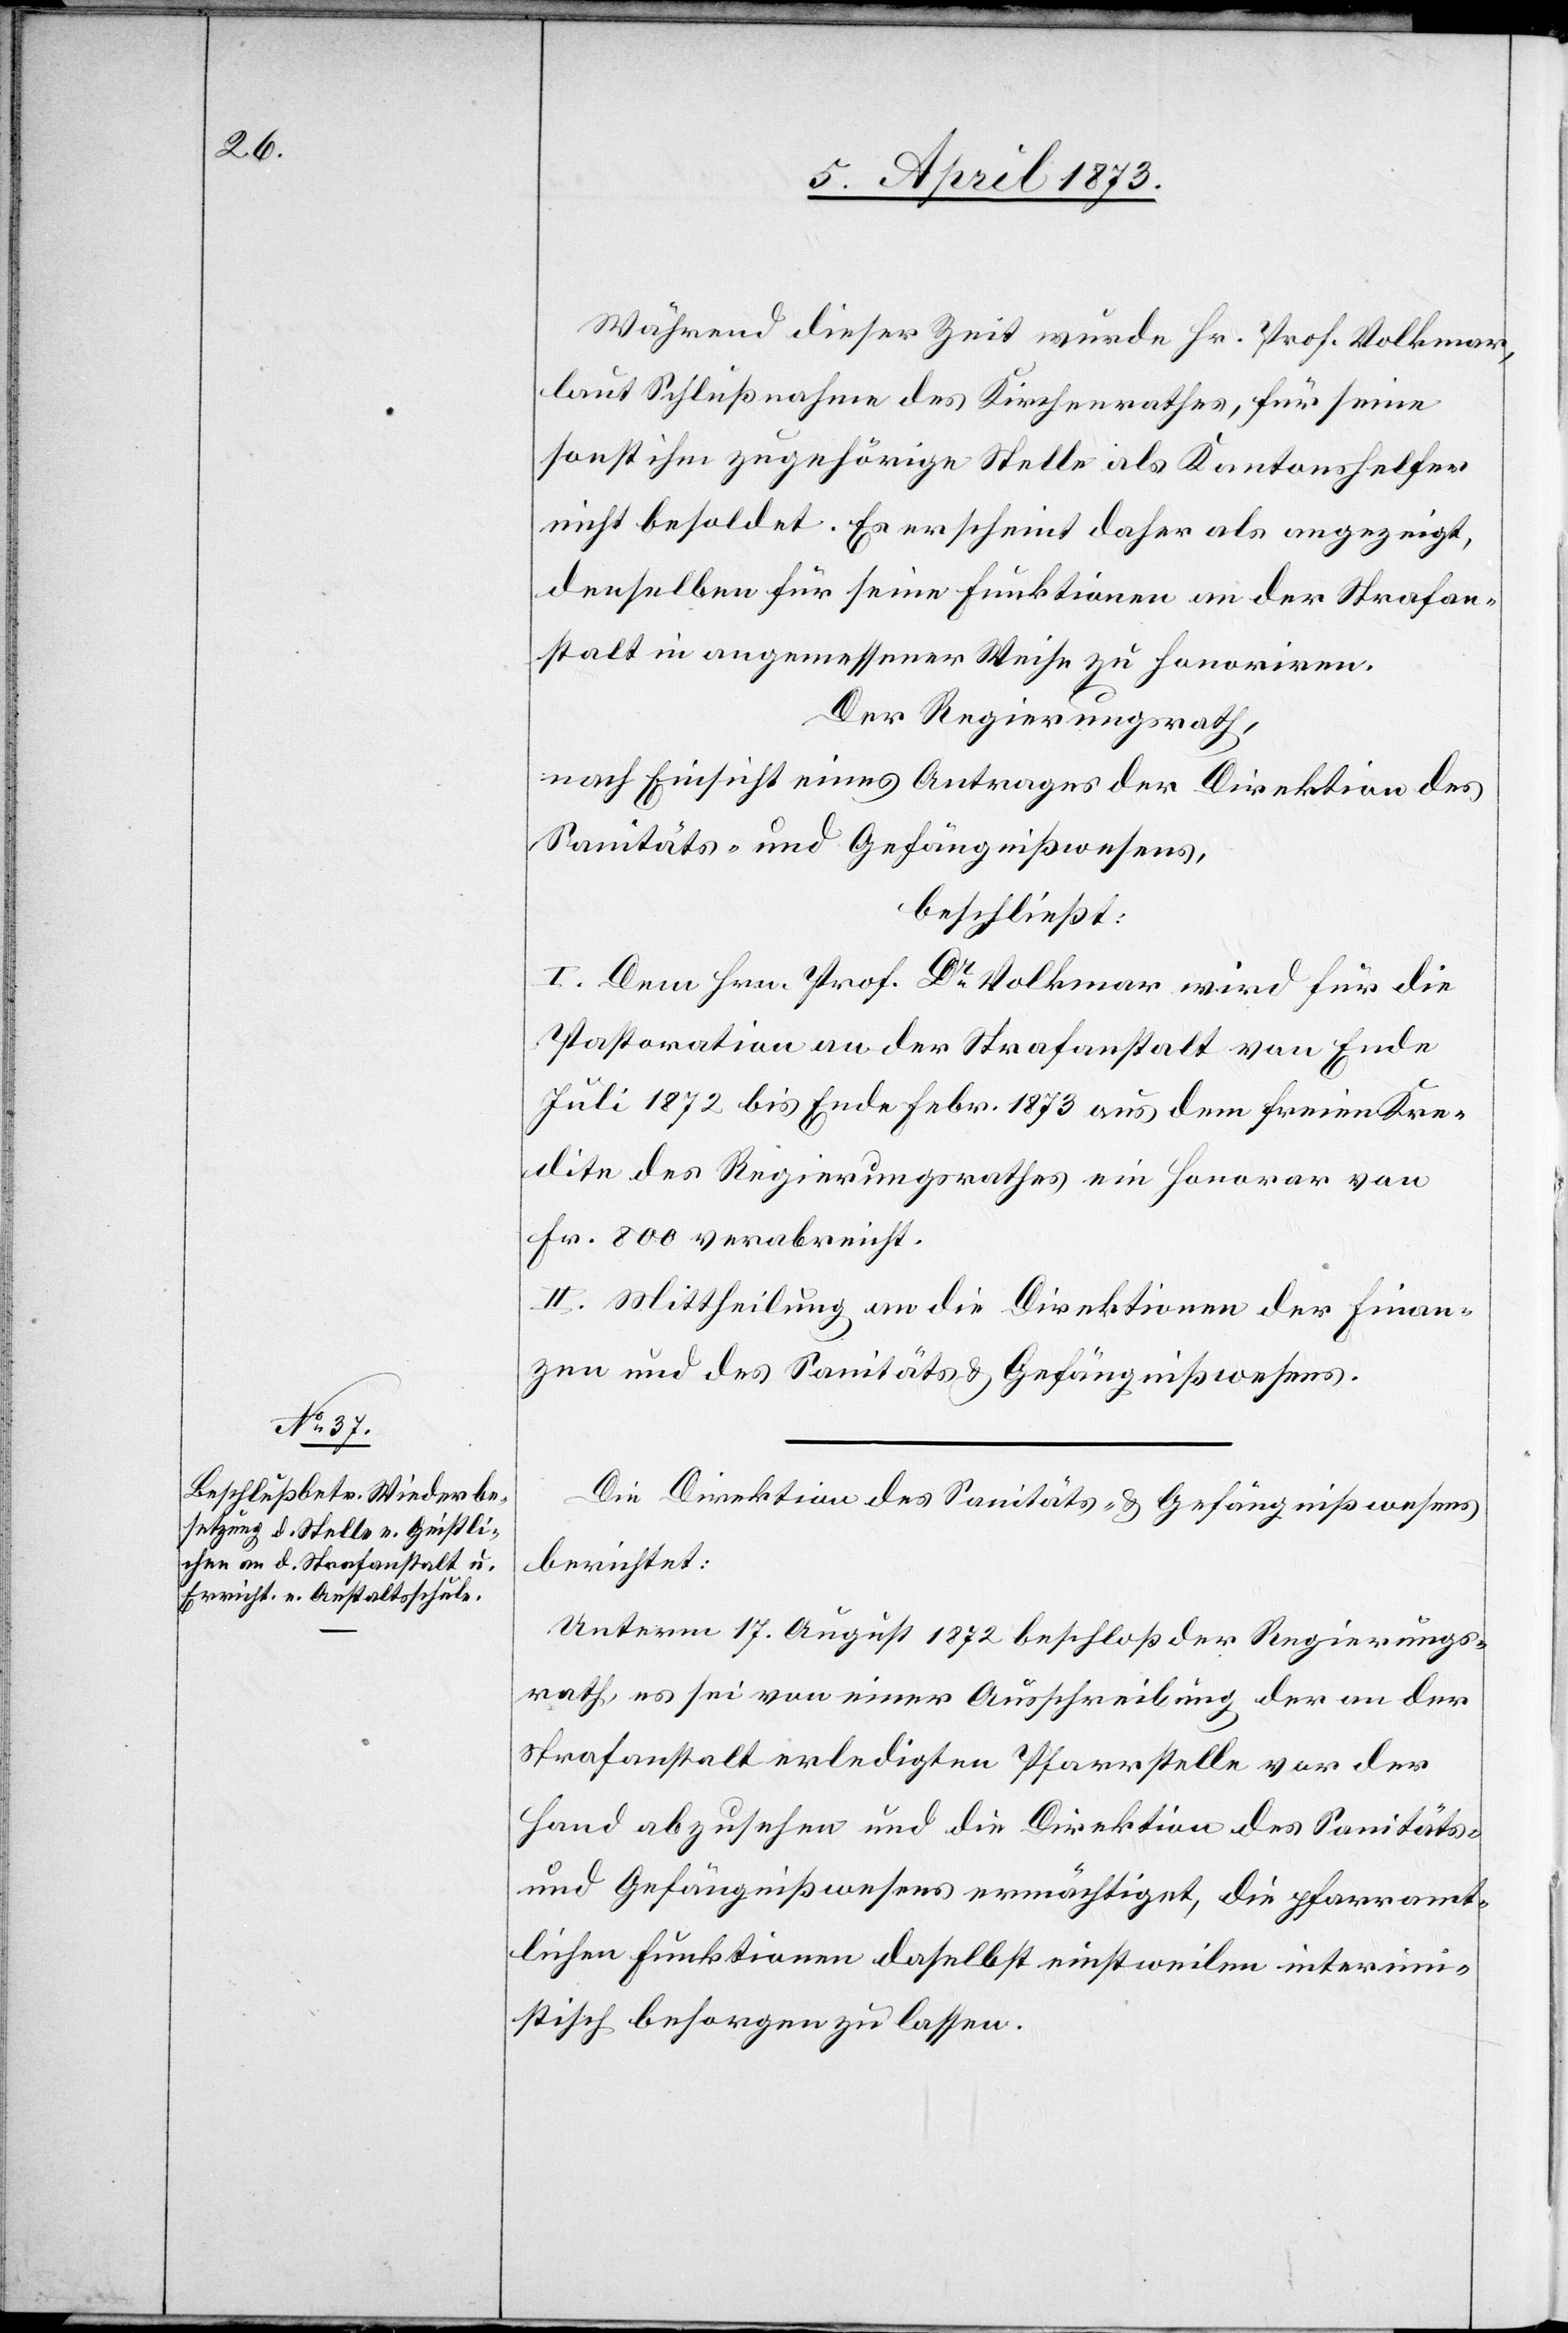
Während dieser Zeit wurde Hr. Prof. Volkmar,
laut Schlußnahme des Kirchenrathes, für seine
sonst ihm zugehörige Stelle als Kantonshelfer
nicht besoldet. Es erscheint daher als angezeigt,
denselben für seine Funktionen an der Strafan¬
stalt in angemessener Weise zu honoriren.
Der Regierungsrath,
nach Einsicht eines Antrages der Direktion des
Sanitäts- und Gefängnißwesens,
beschließt:
I. Dem Hrn. Prof. Dr Volkmar wird für die
Pastoration an der Strafanstalt von Ende
Juli 1872 bis Ende Febr. 1873 aus dem freien Kre¬
dite des Regierungsrathes ein Honorar von
Fr. 800 verabreicht.
II. Mittheilung an die Direktionen der Finan¬
zen und des Sanitäts- und Gefängnißwesens.
Die Direktion des Sanitäts- u. Gefängnißwesens
berichtet:
Unterm 17. August 1872 beschloß der Regierungs¬
rath, es sei von einer Ausschreibung der an der
Strafanstalt erledigten Pfarrstelle vor der
Hand abzusehen und die Direktion des Sanitäts-
und Gefängnißwesens ermächtiget, die pfarramt¬
lichen Funktionen daselbst einstweilen interimi¬
stisch besorgen zu lassen.